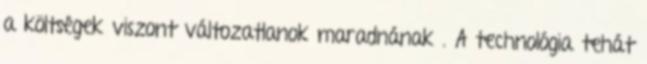
a költségek viszont változatlanok maradnának . A technológia tehát